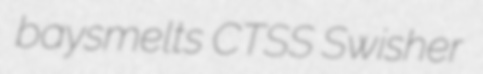
baysmelts CTSS Swisher